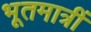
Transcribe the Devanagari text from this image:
भूतमात्रीं